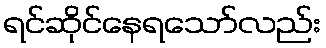
ရင်ဆိုင်နေရသော်လည်း